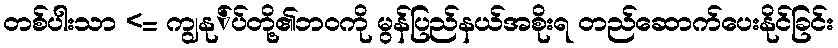
တစ်ပါးသာ <= ကျွနု်ပ်တို့၏ဘဝကို မွန်ပြည်နယ်အစိုးရ တည်ဆောက်ပေးနိုင်ခြင်း